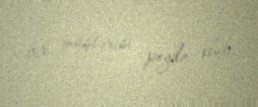
bir müştərisi peyda olub.